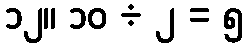
၁၂။ ၁၀ ÷ ၂ = ၅